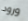
ورود